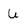
Character: u